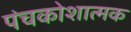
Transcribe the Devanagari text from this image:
पंचकोशात्मक